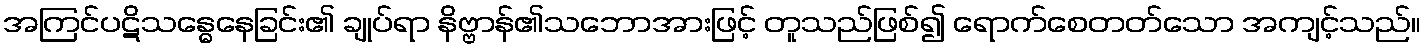
အကြင်ပဋိသန္ဓေနေခြင်း၏ ချုပ်ရာ နိဗ္ဗာန်၏သဘောအားဖြင့် တူသည်ဖြစ်၍ ရောက်စေတတ်သော အကျင့်သည်။